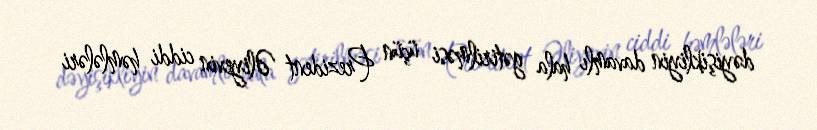
dəyişikliyin davamlı hala gətirilməsi üçün Prezident Əliyevin ciddi həmlələri